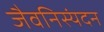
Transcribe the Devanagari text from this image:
जैवनिस्यंदन